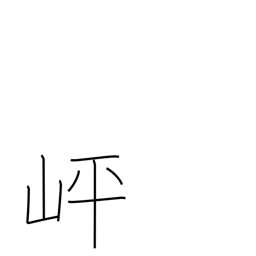
Meaning: level spot part-way up a mountain